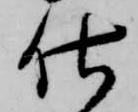
仕